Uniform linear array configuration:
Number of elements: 12
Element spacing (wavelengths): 0.5
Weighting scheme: cosine
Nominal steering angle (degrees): -15
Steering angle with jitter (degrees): -16.62
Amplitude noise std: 0.05
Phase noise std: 0.05

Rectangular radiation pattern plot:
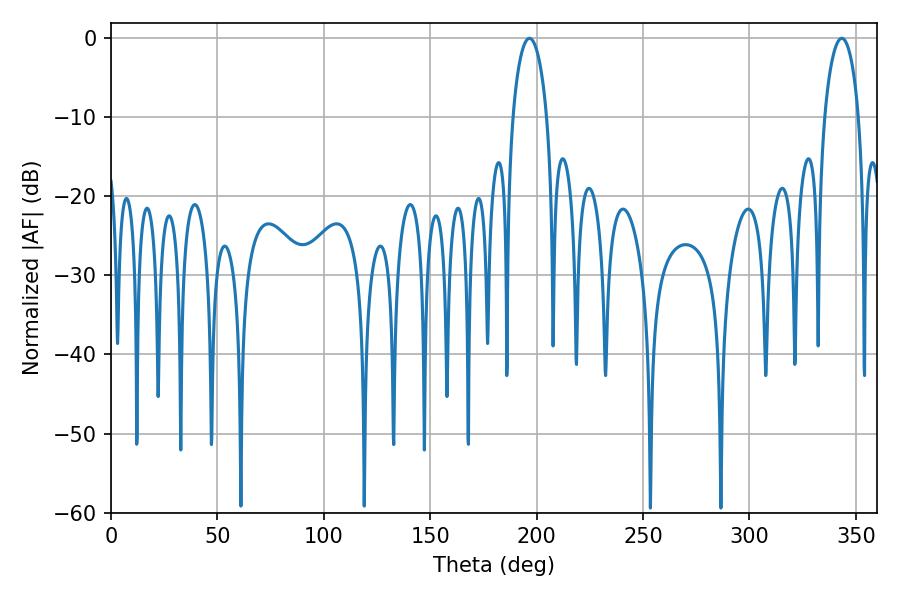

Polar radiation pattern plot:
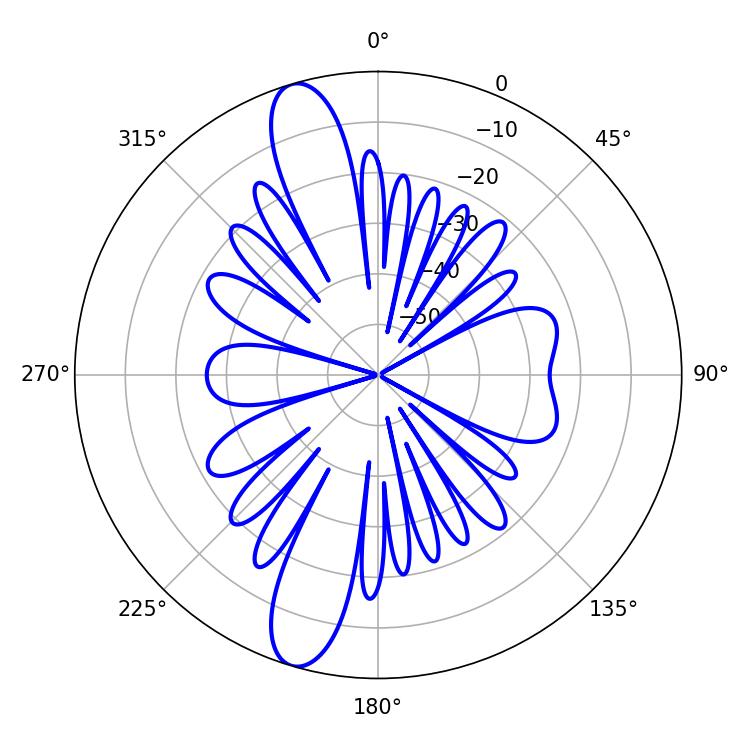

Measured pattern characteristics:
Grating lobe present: FALSE
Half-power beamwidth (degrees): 9.18
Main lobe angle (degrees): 196.56